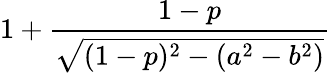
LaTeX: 1+{\frac{1-p}{\sqrt{(1-p)^{2}-(a^{2}-b^{2})}}}